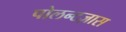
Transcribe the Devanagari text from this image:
पोलन्टज़ास